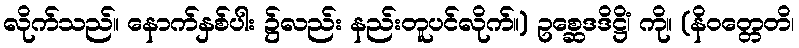
လိုက်သည်။ နောက်နှစ်ပါး ၌လည်း နည်းတူပင်လိုက်။) ဥစ္ဆေဒဒိဋ္ဌိံ၊ ကို။ (နိဝတ္တေတိ၊